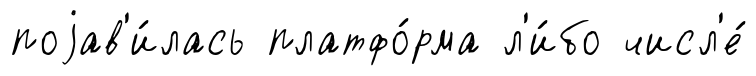
поjав'и́лась платфо́рма л'и́бо числ'е́